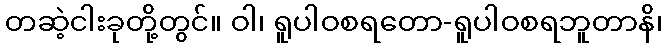
တဆဲ့ငါးခုတို့တွင်။ ဝါ၊ ရူပါဝစရတော-ရူပါဝစရဘူတာနိ၊